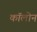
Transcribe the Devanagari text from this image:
काॅलोन